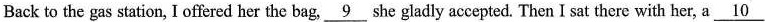
Back to the gas station, I offered her the bag,\underline{9} she gladly accepted. Then I sat there with her, a \underline{10}